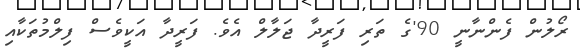
ރޯލުން ފެންނާނީ 90'ގެ ތަރި ފަރީދާ ޖަލާލް އެވެ. ފަރީދާ އަކީވެސް ފިލްމުތަކާއި